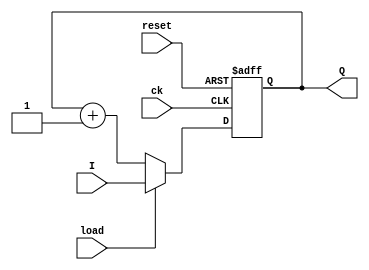
module counter ( ck, reset, load, I, Q );
	input ck, reset, load;
	input [4:0] I;
	output [4:0] Q;
	
	reg [4:0] Q;

	always @(posedge ck or posedge reset)
		if (reset)
			Q <= 5'd0;
		else
			if (load)
				Q <= I;
			else
				Q <= Q + 5'b1; // to avoid warning message (Result of 6-bit expression is 
				               // truncated to fit in 5-bit target)
endmodule